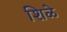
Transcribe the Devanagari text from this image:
शिळे